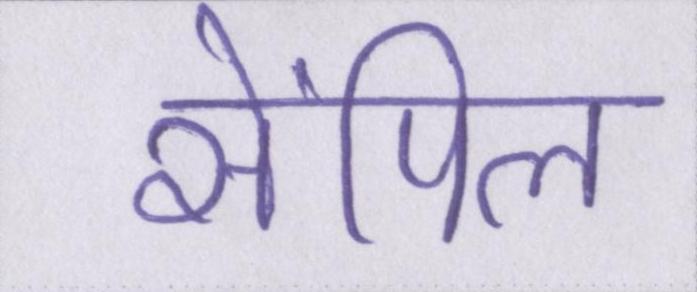
सेंपिल